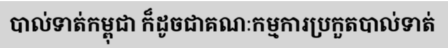
បាល់ទាត់កម្ពុជា ក៏ដូចជាគណៈកម្មការប្រកួតបាល់ទាត់